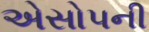
એસોપની